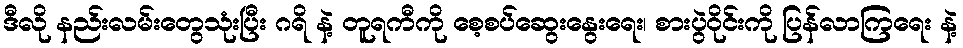
ဒီလို နည်းလမ်းတွေသုံးပြီး ဂရိ နဲ့ တူရကီကို စေ့စပ်ဆွေးနွေးရေး၊ စားပွဲဝိုင်းကို ပြန်လာကြရေး နဲ့